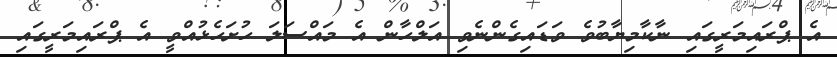
އެ ޕްރައިމަރީގައި ނާކާމިޔާބުވެ ވަޑައިގެންނެވި އަލްހާން އެ މައްސަލަ ހުށަހެޅުއްވީ އެ ޕްރައިމަރީގައި